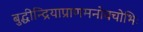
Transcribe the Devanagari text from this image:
बुद्धीन्द्रियाप्राणमनोवचोभिः